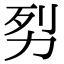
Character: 劽